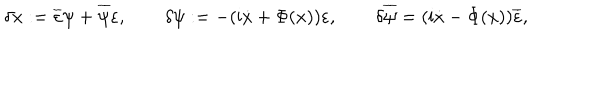
\delta x : = \overline { { { \varepsilon } } } \psi + \overline { { { \psi } } } \varepsilon , \qquad \delta \psi : = - ( \mathrm { i } \dot { x } + \Phi ( x ) ) \varepsilon , \qquad \delta \overline { { { \psi } } } = ( \mathrm { i } \dot { x } - \Phi ( x ) ) \overline { { { \varepsilon } } } ,